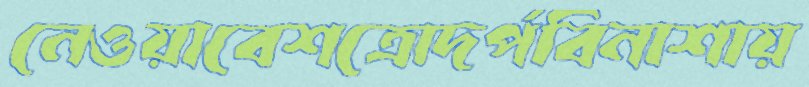
নেওয়াবেশত্রোদর্পবিনাশায়